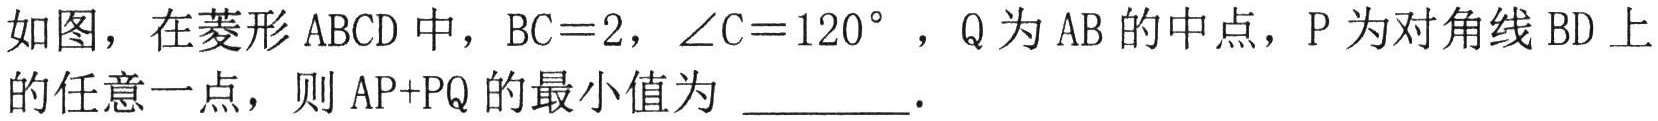
如图，在菱形\(ABCD\)中，\(BC = 2\)，\(\angle C = 120^{\circ}\)，\(Q\)为\(AB\)的中点，\(P\)为对角线\(BD\)上的任意一点，则\(AP + PQ\)的最小值为 ________.